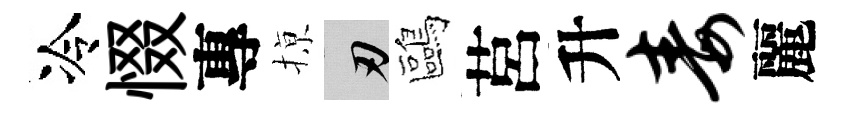
冷惙專𢱊刃鷗莒升毒麗